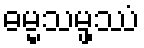
ဓမ္မသမ္ဖဿံ